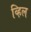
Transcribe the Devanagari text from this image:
व्हिल